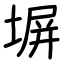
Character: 塀